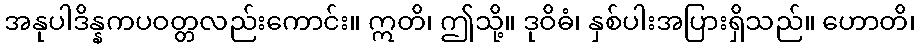
အနုပါဒိန္နကပဝတ္တလည်းကောင်း။ ဣတိ၊ ဤသို့။ ဒုဝိဓံ၊ နှစ်ပါးအပြားရှိသည်။ ဟောတိ၊